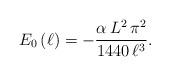
LaTeX: \begin{align*}E_{0}\left( \ell \right) =-\frac{\alpha \, L^{2}\, \pi ^{2}}{1440\, \ell ^{3}}.\end{align*}